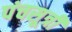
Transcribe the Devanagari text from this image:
पंचसूत्री